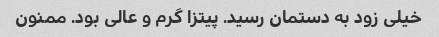
خیلی زود به دستمان رسید. پیتزا گرم و عالی بود. ممنون